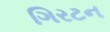
ગિરટન